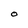
Character: 0